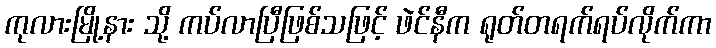
ကုလားမြို့နား သို့ ကပ်လာပြီဖြစ်သဖြင့် ဖဲင်နီက ရုတ်တရက်ရပ်လိုက်ကာ